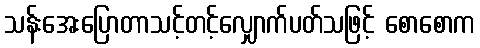
သန်းအေးပြောတာသင့်တင့်လျှောက်ပတ်သဖြင့် စောစောက